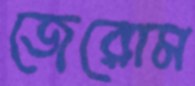
জেরোম